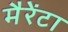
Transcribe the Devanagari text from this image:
मैरेंटा